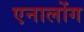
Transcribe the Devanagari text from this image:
एनालोंग